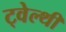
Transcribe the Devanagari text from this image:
ट्वेल्‍थी